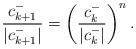
LaTeX: \begin{align*} \frac{c_{k+1}^-}{|c_{k+1}^-|} = \left( \frac{c_{k}^-}{|c_{k}^-|} \right)^n.\end{align*}